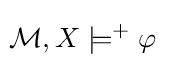
\!{\mathcal {M}},X\models ^{+}\varphi